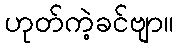
ဟုတ်ကဲ့ခင်ဗျာ။